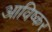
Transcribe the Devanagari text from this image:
आविष्कर